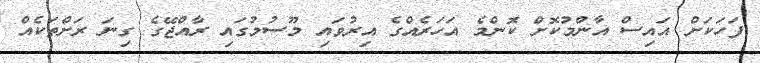
ފަހަކަށް އައިސް އާންމުކޮށް ކޮންމެ އަހަރެއްގެ އިރުވައި މޫސުމުގައި ރާއްޖޭގެ ގިނަ ރަށްތަކެއް